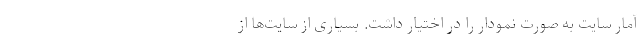
آمار ‌سایت به صورت نمودار را در اختیار داشت. بسیاری از سایت‌ها از